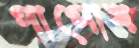
পাপোষ